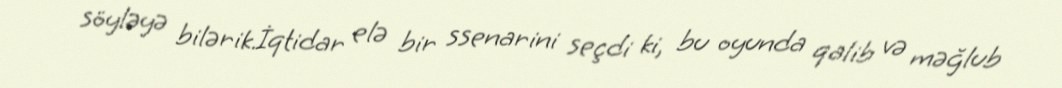
söyləyə bilərik.İqtidar elə bir ssenarini seçdi ki, bu oyunda qalib və məğlub